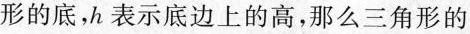
形的底，h表示底边上的高，那么三角形的